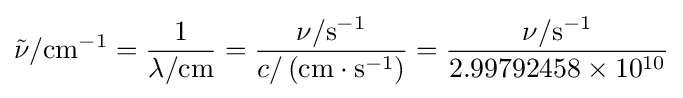
{\tilde {\nu }}/{\text{cm}}^{-1}={\frac {1}{\lambda /{\text{cm}}}}={\frac {\nu /{\text{s}}^{-1}}{c/\left({\text{cm}}\cdot \mathrm {s} ^{-1}\right)}}={\frac {\nu /{\text{s}}^{-1}}{2.99792458\times 10^{10}}}